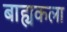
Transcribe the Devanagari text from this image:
बाह्यकला